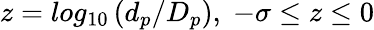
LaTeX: z=log_{10}\left(d_{p}/D_{p}\right),\; -\sigma\leq z\leq 0